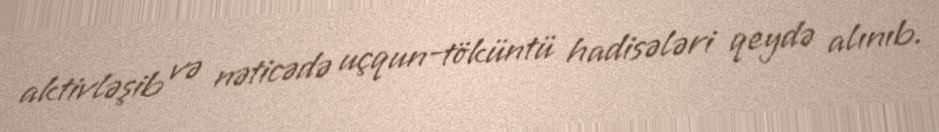
aktivləşib və nəticədə uçqun-töküntü hadisələri qeydə alınıb.